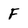
Character: F